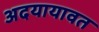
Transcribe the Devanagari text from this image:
अदयायावत